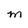
Character: m